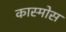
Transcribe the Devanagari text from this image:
कास्मोस